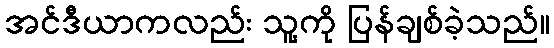
အင်ဒီယာကလည်း သူ့ကို ပြန်ချစ်ခဲ့သည်။